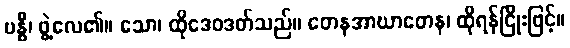
ဗန္ဓီ၊ ဖွဲ့လေ၏။ သော၊ ထိုဒေဝဒတ်သည်။ တေနအာဃာတေန၊ ထိုရန်ငြိုးဖြင့်။